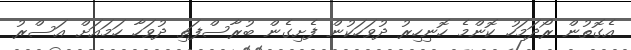
އެގޮތުން ރޯދަމަހު ކޮންމެ ހޮނިހިރު ދުވަހަކުން ފެށިގެން ބުރާސްފަތި ދުވަހާ ހަމައަށް އަސްރު